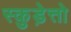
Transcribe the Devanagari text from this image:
स्कुड़ेत्तो